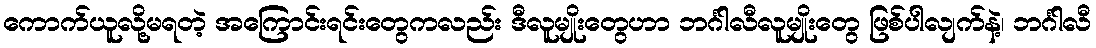
ကောက်ယူလို့မရတဲ့ အကြောင်းရင်းတွေကလည်း ဒီလူမျိုးတွေဟာ ဘင်္ဂါလီလူမျိုးတွေ ဖြစ်ပါလျက်နဲ့၊ ဘင်္ဂါလီ